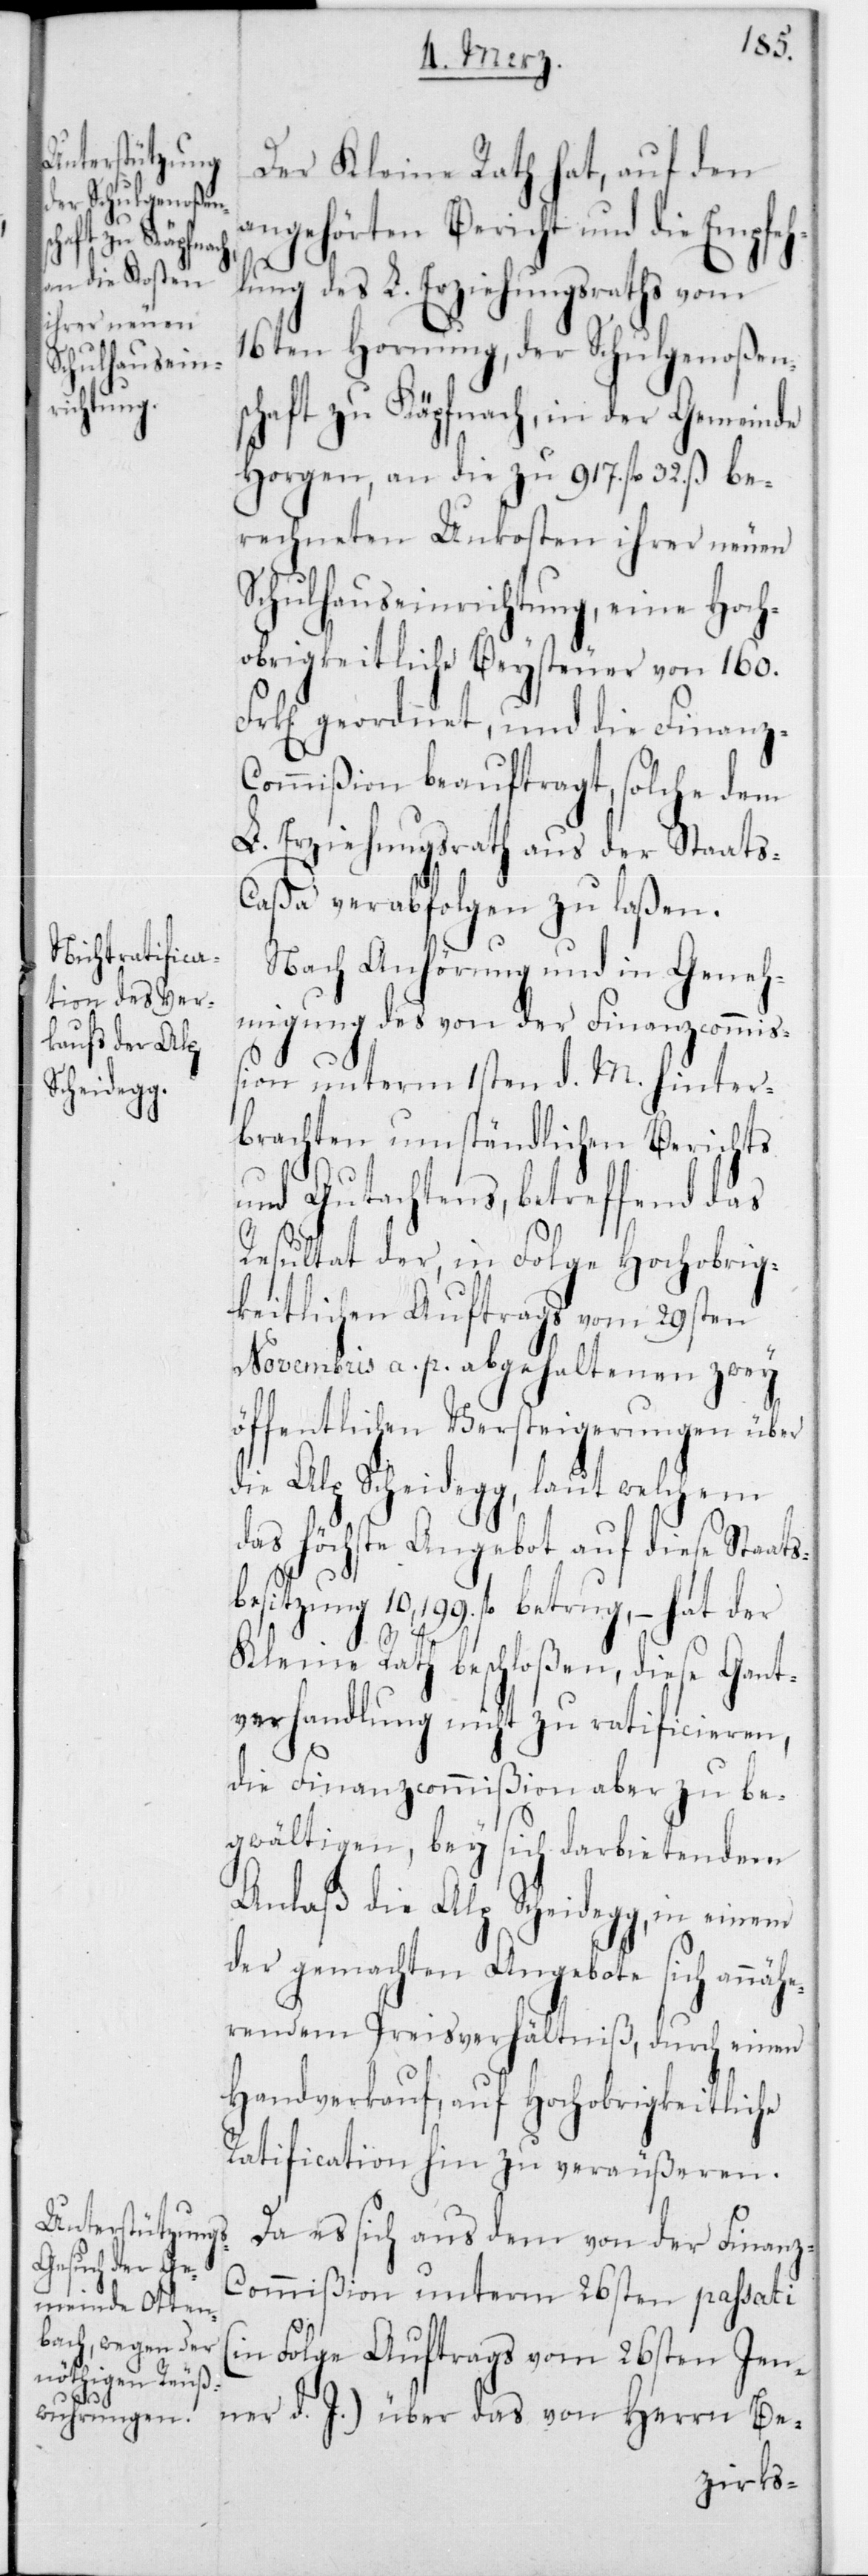
Der Kleine Rath hat, auf den
angehörten Bericht und die Empfeh¬
lung des L. Erziehungsraths vom
16ten Hornung, der Schulgenoßens¬
chaft zu Käpfnach, in der Gemeinde
Horgen, an die zu 917 fl. 32 ß be¬
rechneten Unkosten ihrer neuen
Schulhauseinrichtung, eine Hoch¬
obrigkeitliche Beysteuer von 160
geordnet, und die Finanz-C¬
ommißion beauftragt, solche dem
L. Erziehungsrath aus der Staat¬
s-Caßa verabfolgen zu laßen.
Nach Anhörung und in Geneh¬
migung des von der Finanzcommiß¬
ion unterm 1sten d. M. hinter¬
brachten umständlichen Berichts
und Gutachtens, betreffend das
Resultat der, in Folge Hochobrig¬
keitlichen Auftrags vom 29sten
Novembris a. p. abgehaltenen zwey
öffentlichen Versteigerungen über
die Alp Scheidegg, laut welchem
das höchste Angebot auf diese Staats¬
besitzung 10,199 fl. betrug, – hat der
Kleine Rath beschloßen, diese Gant¬
verhandlung nicht zu ratificieren,
die Finanzcommißion aber zu be¬
gwältigen, bey sich darbietendem
Anlaß die Alp Scheidegg, in einem
der gemachten Angebote sich annä¬
herendem Preisverhältniß, durch einen
Handverkauf, auf Hochobrigkeitliche
Ratification hin zu veräußeren.
Da es sich aus dem von der Finan¬
z-Commißion unterm 26sten passati
(in Folge Auftrags vom 26sten Jen¬
ner d. J.) über das von Herrn Be-